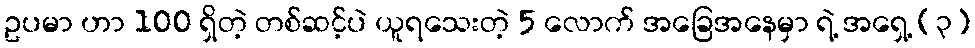
ဥပမာ ဟာ 100 ရှိတဲ့ တစ်ဆင့်ပဲ ယူရသေးတဲ့ 5 လောက် အခြေအနေမှာ ရဲ့ အရှေ့ (၃)